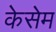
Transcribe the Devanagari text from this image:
केसेम